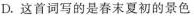
D.这首词写的是春末夏初的景色